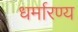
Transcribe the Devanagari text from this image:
धर्मारण्य